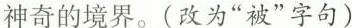
神奇的境界。(改为”被”字句)